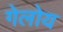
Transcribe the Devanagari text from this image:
गेलोय